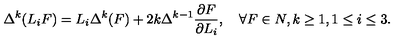
\Delta ^ { k } ( L _ { i } F ) = L _ { i } \Delta ^ { k } ( F ) + 2 k \Delta ^ { k - 1 } { \frac { \partial F } { \partial L _ { i } } } , \quad \forall F \in N , k \geq 1 , 1 \leq i \leq 3 .